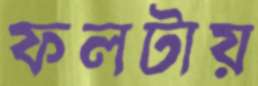
ফলটায়